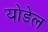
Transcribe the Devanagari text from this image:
योडेल